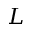
L